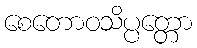
စေတောဝသိပ္ပတ္တော